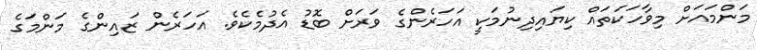
މަންމައަށް މިވާހަކަތައް ކިޔައިދިނުމަކީ އަހަރެންގެ ވަރަށް ބޮޑު އެދުމެކެވެ. އަހަރެން ޒައިންގެ މަންމަގެ